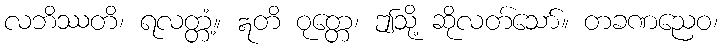
လဘိဿတိ၊ ရလတ္တံ့။ ဣတိ ဝုတ္တေ၊ ဤသို့ ဆိုလတ်သော်။ တခဏညေဝ၊